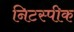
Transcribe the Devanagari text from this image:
निटस्पीक